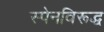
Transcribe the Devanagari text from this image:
स्पेनविरूद्ध